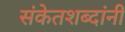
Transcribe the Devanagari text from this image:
संकेतशब्दांनी